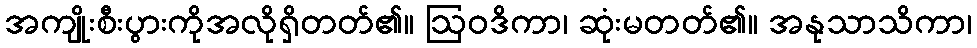
အကျိုးစီးပွားကိုအလိုရှိတတ်၏။ ဩဝဒိကာ၊ ဆုံးမတတ်၏။ အနုသာသိကာ၊